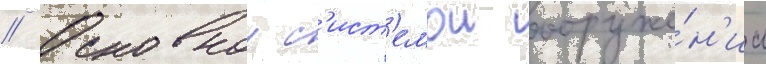
// Основнои с'ист'емои вооруже́н'иа